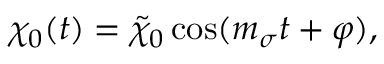
\chi _ { 0 } ( t ) = \tilde { \chi } _ { 0 } \cos ( m _ { \sigma } t + \varphi ) ,